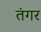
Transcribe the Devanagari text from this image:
तंगर